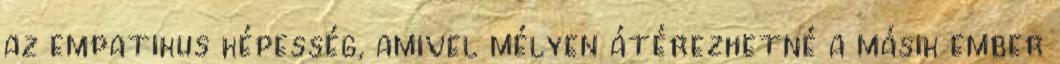
az empatikus képesség, amivel mélyen átérezhetné a másik ember